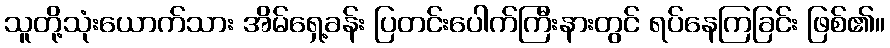
သူတို့သုံးယောက်သား အိမ်ရှေ့ခန်း ပြတင်းပေါက်ကြီးနားတွင် ရပ်နေကြခြင်း ဖြစ်၏။